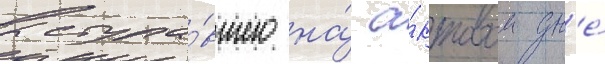
выступа́вшего на́ а́ктовом дн'е́